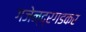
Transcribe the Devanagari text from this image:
गजेन्द्रगडकर